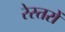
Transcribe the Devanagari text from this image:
रेस्तरों